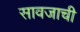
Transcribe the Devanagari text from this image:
सावजाची